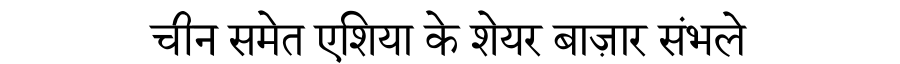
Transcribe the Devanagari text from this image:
चीन समेत एशिया के शेयर बाज़ार संभले